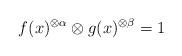
LaTeX: \begin{align*}f(x)^{\otimes \alpha}\otimes g(x)^{\otimes \beta}=1\end{align*}